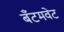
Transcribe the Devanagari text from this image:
बँटमवेट